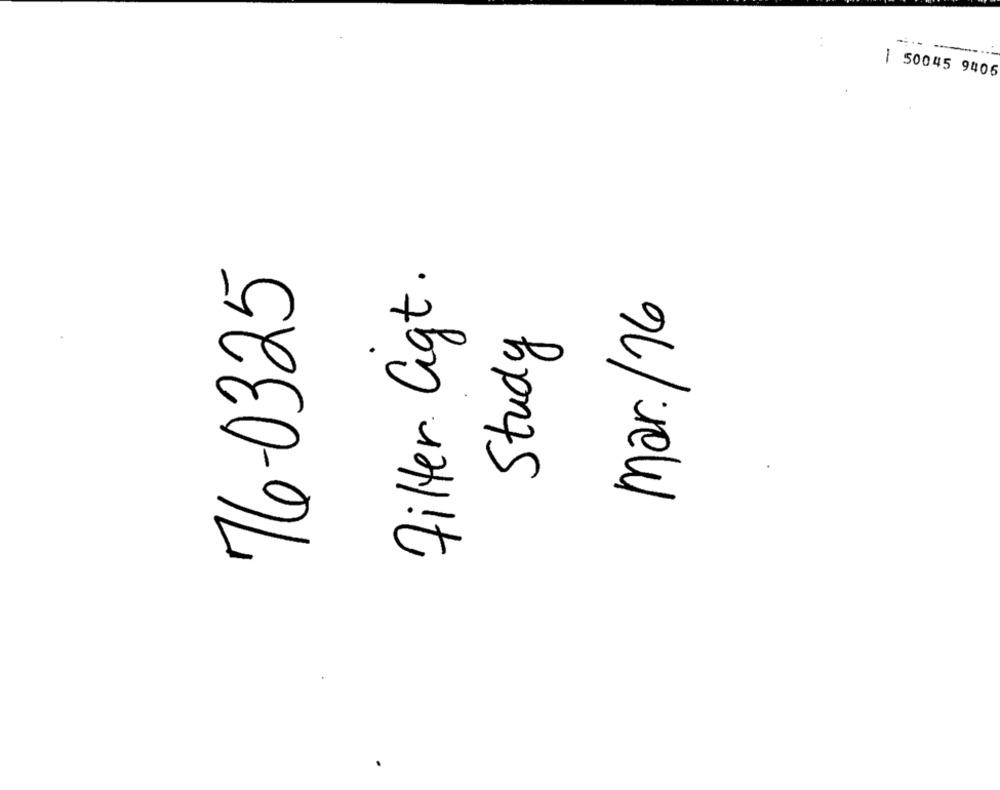
. .
| 50045 9406
Filter Ggt .
76-0325
mar./16
Study